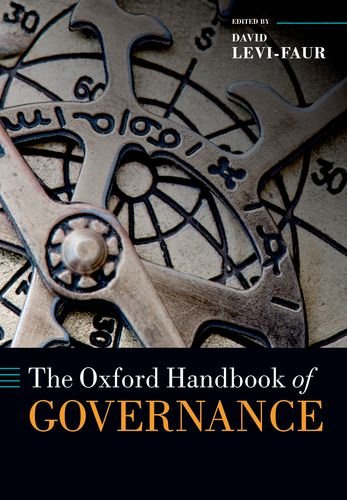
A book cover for The Oxford Handbook of Governance (Oxford Handbooks); David Levi-Faur; Law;